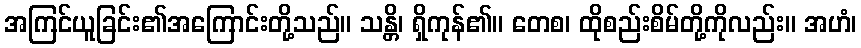
အကြင်ယူခြင်း၏အကြောင်းတို့သည်။ သန္တိ၊ ရှိကုန်၏။ တေစ၊ ထိုစည်းစိမ်တို့ကိုလည်း။ အဟံ၊